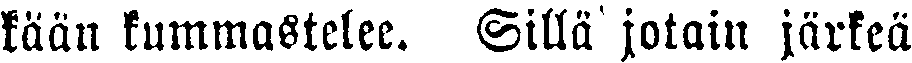
kään kummastelee. Sillä jotain järkeä